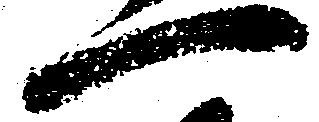
一